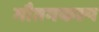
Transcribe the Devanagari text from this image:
गौतमकल्प